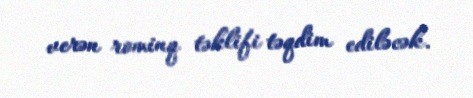
verən rominq təklifi təqdim ediləcək.